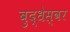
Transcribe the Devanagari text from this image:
बुद्धेस्वर